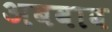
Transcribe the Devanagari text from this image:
अबवाब